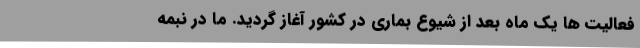
فعالیت ها یک ماه بعد از شیوع بماری در کشور آغاز گردید. ما در نبمه